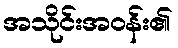
အသိုင်းအဝန်း၏